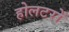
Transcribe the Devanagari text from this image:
होलटरों